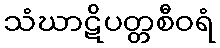
သံဃာဋိပတ္တစီဝရံ